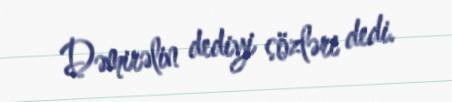
Dəmirəlin dediyi sözləri dedi.